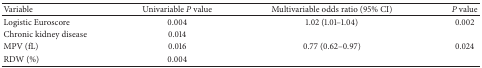
| Variable | Univariable P value | Multivariable odds ratio (95% CI) | P value |
 | --- | --- | --- | --- |
 | Logistic Euroscore | 0.004 | 1.02 (1.01–1.04) | 0.002 |
 | Chronic kidney disease | 0.014 |  |  |
 | MPV (fL) | 0.016 | 0.77 (0.62–0.97) | 0.024 |
 | RDW (%) | 0.004 |  |  |